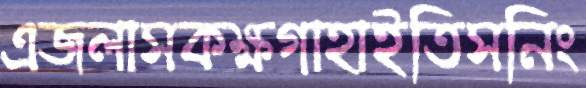
এজলাসকক্ষগাহাইতিসনিং